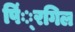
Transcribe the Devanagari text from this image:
पिं्रगिल